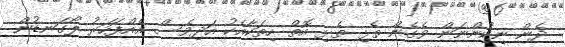
ދެން ނިކުންނަން ވެގެން ތެޅި ތެޅި އޮތް ހިތަކާއެކު އަދިވެސް އެއްފަހަރު ލޯގަނޑުން